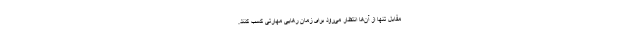
مقابل تنها از آن‌ها انتظار می‌رود برای زمان رهایی مهارتی کسب کنند.